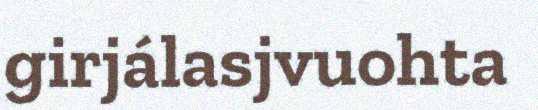
girjálasjvuohta